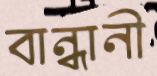
বান্ধানী